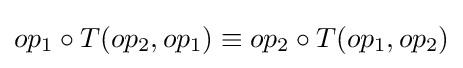
op_{1}\circ T(op_{2},op_{1})\equiv op_{2}\circ T(op_{1},op_{2})